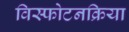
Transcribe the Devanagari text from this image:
विस्फोटनक्रिया